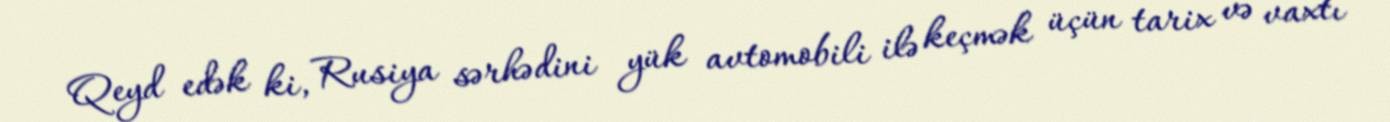
Qeyd edək ki, Rusiya sərhədini yük avtomobili ilə keçmək üçün tarix və vaxtı